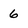
Character: 6